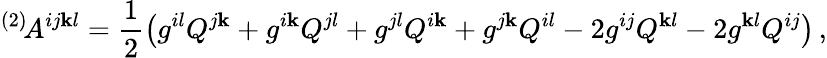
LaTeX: {}^{(2)}\! A^{ij\mathbf{k}l}=\frac{1}{2}\left(g^{il}Q^{j\mathbf{k}}+g^{i\mathbf{k}}Q^{jl}+g^{jl}Q^{i\mathbf{k}}+g^{j\mathbf{k}}Q^{il}-2g^{ij}Q^{\mathbf{k}l}-2g^{\mathbf{k}l}Q^{ij}\right)\, ,